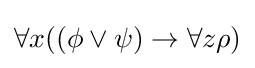
\forall x((\phi \lor \psi )\rightarrow \forall z\rho )